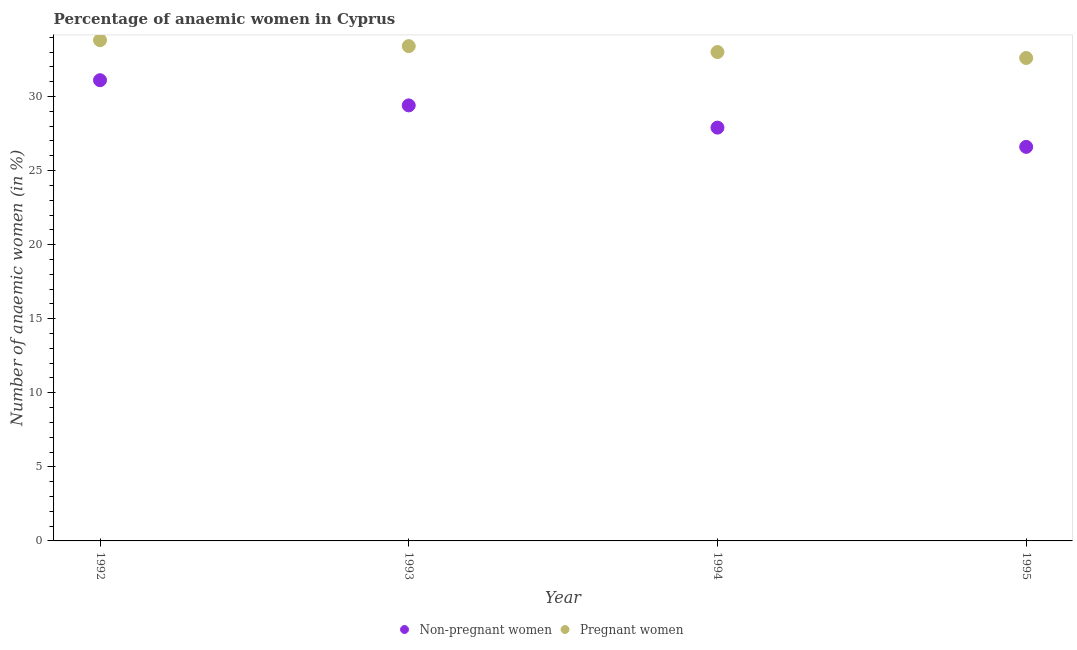
| Year | Non-pregnant women | Pregnant women |
 | --- | --- | --- |
 | 1992 | 31.1 | 33.8 |
 | 1993 | 29.4 | 33.4 |
 | 1994 | 27.9 | 33 |
 | 1995 | 26.6 | 32.6 |